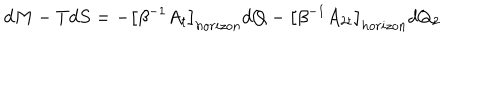
d M - T d S = - \left[ \beta ^ { - 1 } A _ { t } \right] _ { h o r i z o n } d Q - \left[ \beta ^ { - 1 } A _ { 2 t } \right] _ { h o r i z o n } d Q _ { 2 }